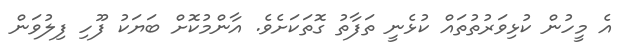
އެ މީހުން ކުޅިވަރުތުތައް ކުޅެނީ ތަފާތު ގޮތަކަށެވެ. އާންމުކޮށް ބަޔަކު ފޫހި ފިލުވަން